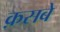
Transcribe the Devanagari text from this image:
क़सबे